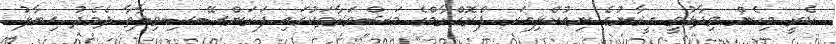
ކެރީ މިހެން ވިދާޅުވީ އީރާނުގެ ނިއުކްލިއަރ ޕްރޮގްރާމްގެ މަޝްވަރާތަކުގައި ފަރަންސޭސިވިލާތާ ދެމެދު ޚިޔާލު